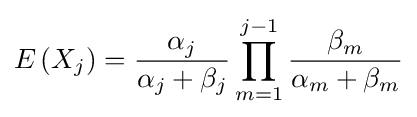
E\left(X_{j}\right)={\frac {\alpha _{j}}{\alpha _{j}+\beta _{j}}}\prod _{m=1}^{j-1}{\frac {\beta _{m}}{\alpha _{m}+\beta _{m}}}